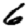
Digit: 6